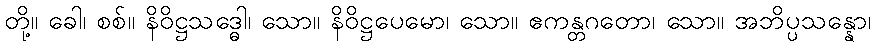
တို့။ ခေါ၊ စစ်။ နိဝိဋ္ဌသဒ္ဓေါ၊ သော။ နိဝိဋ္ဌပေမော၊ သော။ ဧကန္တဂတော၊ သော။ အဘိပ္ပသန္နော၊